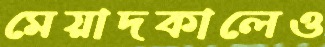
মেয়াদকালেও